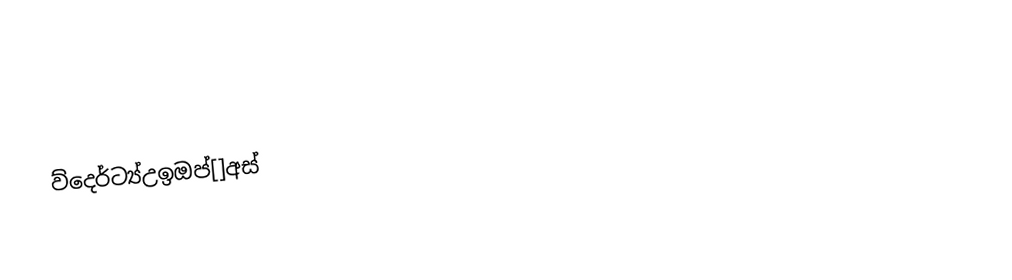
ව්දෙර්ට්‍ය්උඉඔප්[]අස්